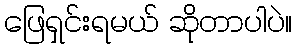
ဖြေရှင်းရမယ် ဆိုတာပါပဲ။